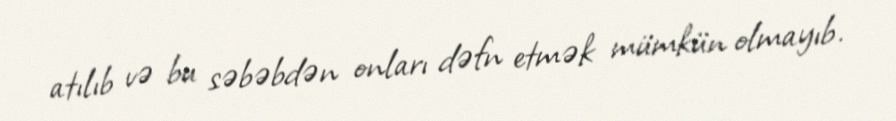
atılıb və bu səbəbdən onları dəfn etmək mümkün olmayıb.